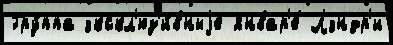
Гру́ппа экскл'юз'и́вныjе январ'е́ Лэндр'и